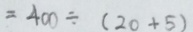
= 4 0 0 \div ( 2 0 + 5 )